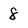
Character: 8